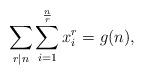
LaTeX: \begin{align*} \sum_{r|n}\sum_{i=1}^{\frac{n}{r}}x_i^r=g(n),\end{align*}